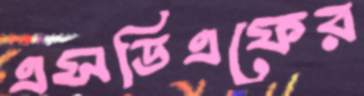
এসডিএফের